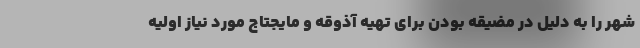
شهر را به دلیل در مضیقه بودن برای تهیه آذوقه و مایجتاج مورد نیاز اولیه